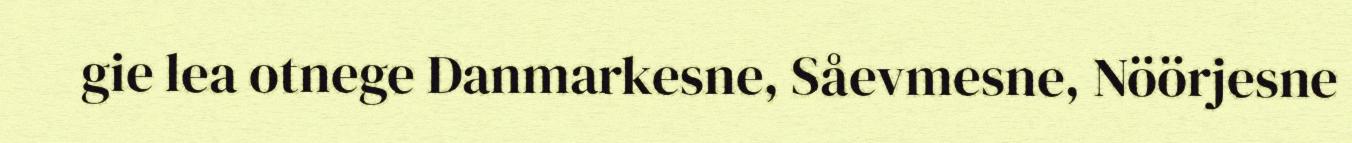
gie lea otnege Danmarkesne, Såevmesne, Nöörjesne